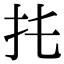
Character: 扥